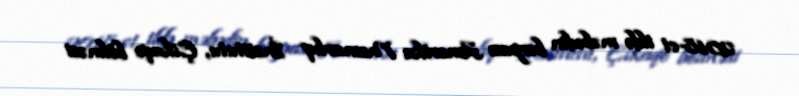
2018-ci ildə məbədin bərpası Amerika Memarlıq İnstitutu, Çikaqo bölməsi